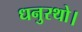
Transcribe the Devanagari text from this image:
धनुरथो।